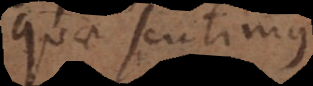
quae sentimus